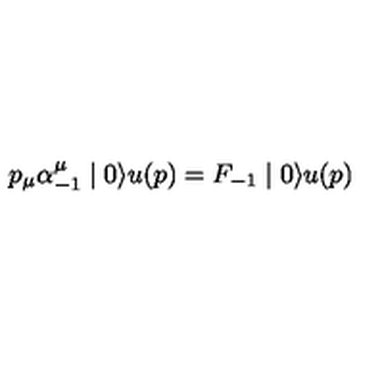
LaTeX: p _ { \mu } \alpha _ { - 1 } ^ { \mu } \mid 0 \rangle u ( p ) = F _ { - 1 } \mid 0 \rangle u ( p )